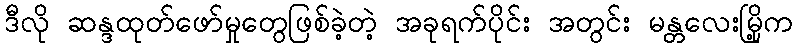
ဒီလို ဆန္ဒထုတ်ဖော်မှုတွေဖြစ်ခဲ့တဲ့ အခုရက်ပိုင်း အတွင်း မန္တလေးမြို့က